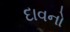
દાવનો